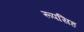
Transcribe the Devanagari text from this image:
रूपसिह